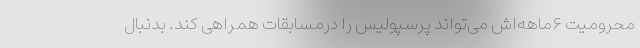
محرومیت ۶ماهه‌اش می‌تواند پرسپولیس را درمسابقات همراهی کند. بدنبال